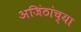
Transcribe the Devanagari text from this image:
अजिंठांच्या